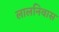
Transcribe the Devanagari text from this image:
लालनिवास